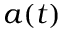
a ( t )